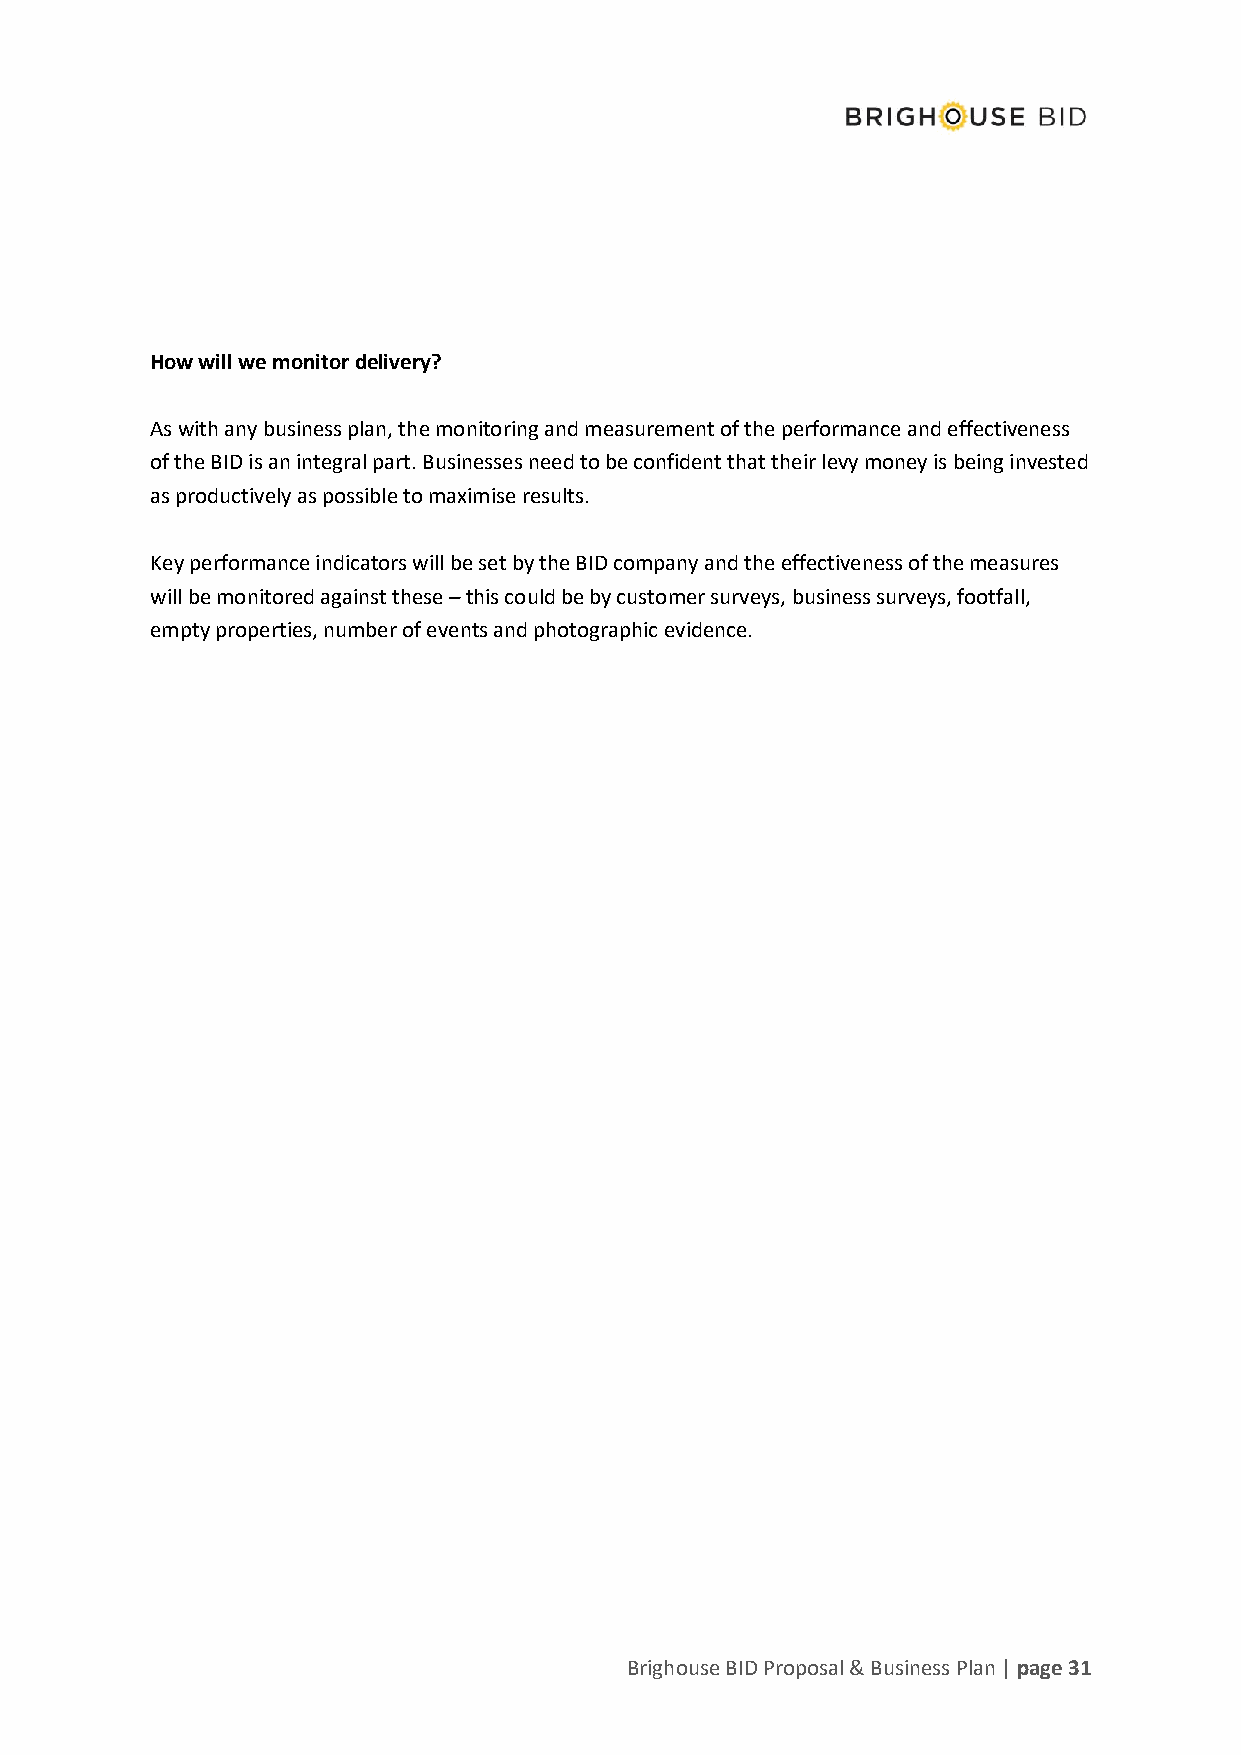
How will we monitor delivery?
 As with any business plan, the monitoring and measurement of the performance and effectiveness
 of the BID is an integral part. Businesses need to be confident that their levy money is being invested
 as productively as possible to maximise results.
 Key performance indicators will be set by the BID company and the effectiveness of the measures
 will be monitored against these – this could be by customer surveys, business surveys, footfall,
 empty properties, number of events and photographic evidence.
 Brighouse BID Proposal & Business Plan | page 31